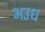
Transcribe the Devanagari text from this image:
अउध